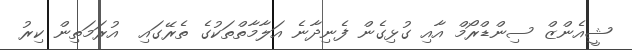
ޝީއެންޒް ސިންޑްރޯމް އާއި ގުޅިގެން ފެނިދާނެ އަލާމާތްތަކުގެ ތެރޭގައި  އުރަމަތިން ކިރު